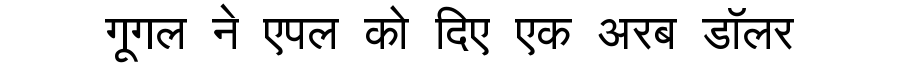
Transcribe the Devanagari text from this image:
गूगल ने एपल को दिए एक अरब डॉलर